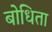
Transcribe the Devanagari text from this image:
बोधिता